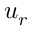
u _ { r }